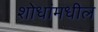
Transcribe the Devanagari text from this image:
शोधांमधील